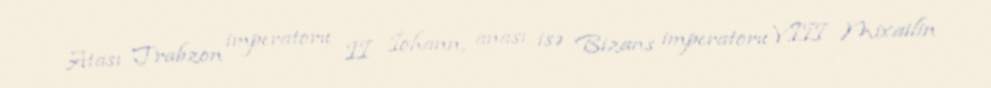
Atası Trabzon imperatoru II İohann, anası isə Bizans imperatoru VIII Mixailin